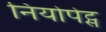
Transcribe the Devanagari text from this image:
नियोपेट्स